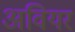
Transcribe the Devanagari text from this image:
अवियर